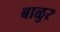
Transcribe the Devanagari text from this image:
बाळुर